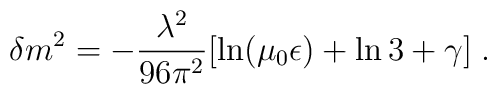
\delta m^2 = - \frac {\lambda^2} { 96 \pi^2} [ \ln (\mu_0 \epsilon) + \ln 3 + \gamma] \; .